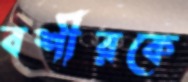
বশীরকে